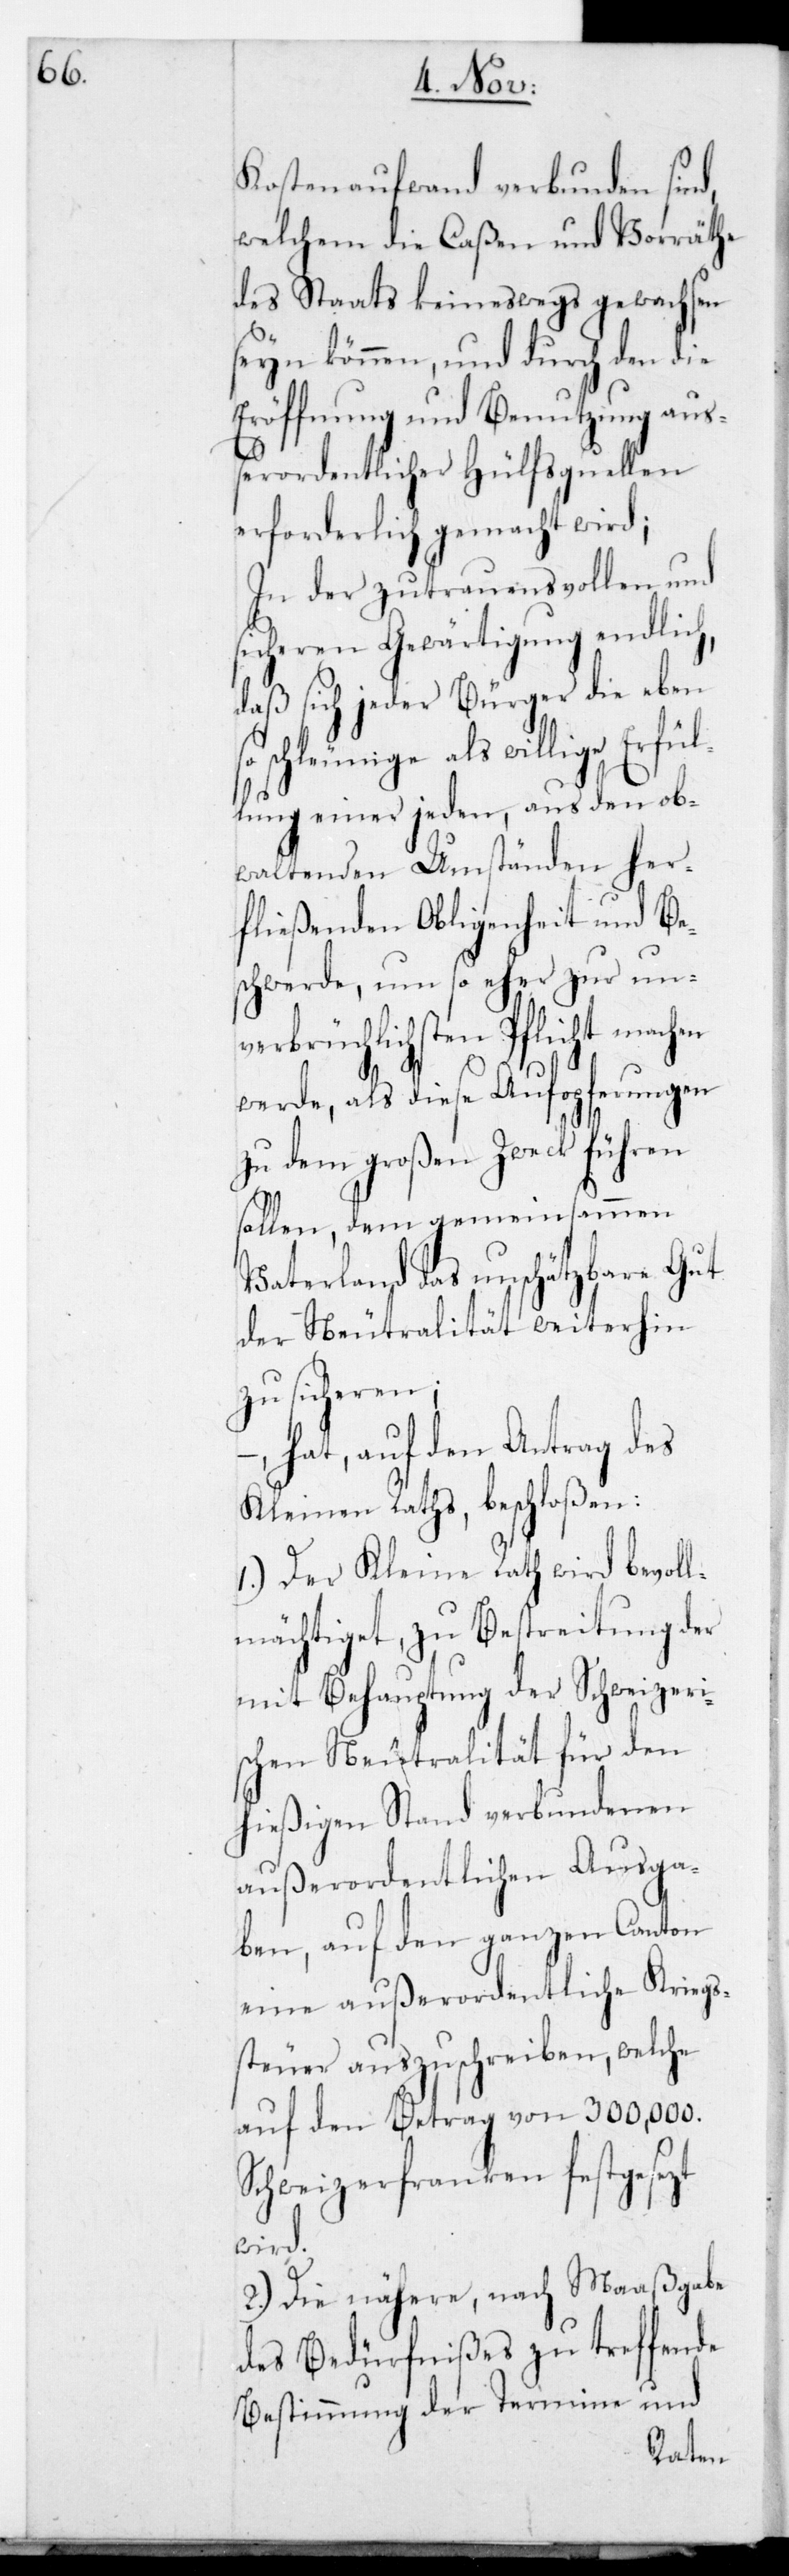
Kostenaufwand verbunden sind,
welchem die Caßen und Vorräthe
des Staats keineswegs gewachsen
seyn können, und durch den die
Eröffnung und Benutzung auß¬
erordentlicher Hülfsquellen
erforderlich gemacht wird;
In der zutrauensvollen und
sicheren Gewärtigung endlich,
daß sich jeder Bürger die eben
schleunige als willige Erfül¬
lung einer jeden, aus den ob¬
waltenden Umständen her¬
fließenden Obligenheit und Be¬
schwerde, um so eher zur un¬
üchlichsten Pflicht mach¬
werde, als diese Aufopferungen
zu dem großen Zweck führen
sollen, dem gemeinsammen
Vaterland das unschätzbare Gut
der Neutralität weiterhin
zu sicheren;
hat auf den Antrag des
Kleinen Raths beschloßen:
1.) Der Kleine Rath wird bevoll¬
mächtiget, zu Bestreitung der
mit Behauptung der Schweizeri¬
zt
schen Neutralität für
hießigen Stand verbundenen
außerordentlichen Ausga¬
ben, auf den ganzen Canton
eine außerordentliche Kriegs¬
steuer auszuschreiben, welche
auf den Betrag von 300,000.
Schweizerfranken festgeset¬
wird.
2.) Die nähere, nach Maaßgabe
des Bedürfnißes zu treffende
Bestimung der Termine und